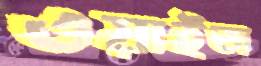
ওয়াইজ